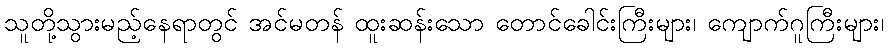
သူတို့သွားမည့်နေရာတွင် အင်မတန် ထူးဆန်းသော တောင်ခေါင်းကြီးများ၊ ကျောက်ဂူကြီးများ၊